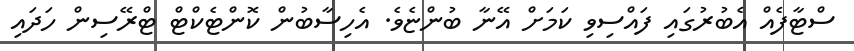
ސްޓާފެއް އެބުރުގައި ފައްސިވި ކަމަށް އޭނާ ބުންޏެވެ. އެހިސާބުން ކޮންޓެކްޓް ޓްރޭސިން ހަދައި